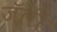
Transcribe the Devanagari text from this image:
जॅली